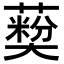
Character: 𦽽